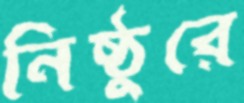
নিষ্ঠুরে